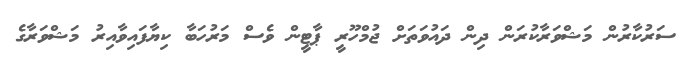
ސަރުކާރުން މަޝްވަރާކުރަން ދިން ދައުވަތަށް ޖުމްހޫރީ ޕާޓީން ވެސް މަރުހަބާ ކިޔާފައިވާއިރު މަޝްވަރާގެ